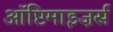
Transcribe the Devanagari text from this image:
ऑप्टिमाइज़र्स